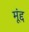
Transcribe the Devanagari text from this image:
मूंद्द